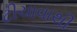
ટીચાવાથી